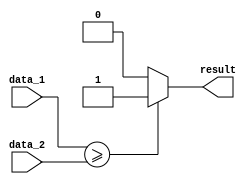
module greater_than_or_equal_to (
  input [31:0] data_1,
  input [31:0] data_2,
  output reg result
);

  always @* begin
    if (data_1 >= data_2) begin
      result = 1;
    end else begin
      result = 0;
    end
  end

endmodule